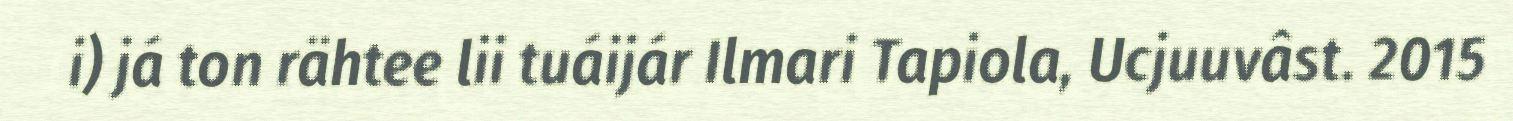
i) já ton rähtee lii tuáijár Ilmari Tapiola, Ucjuuvâst. 2015